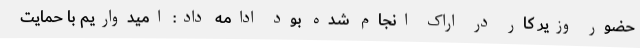
حضور وزیر کار در اراک انجام شده بود ادامه داد: امیدواریم با حمایت